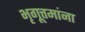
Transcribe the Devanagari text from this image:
भृगूत्तमांना